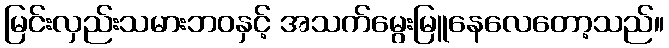
မြင်းလှည်းသမားဘဝနှင့် အသက်မွေးမြူနေလေတော့သည်။